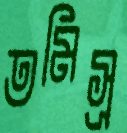
তমিস্র